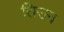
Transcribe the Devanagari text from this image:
तिउन